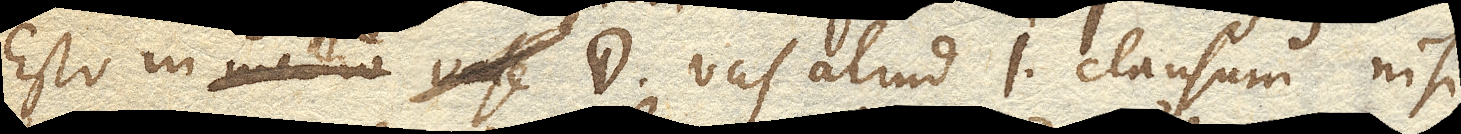
Esto in vase D. vas aliud I. clausum nisi